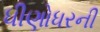
ધીણોધરની